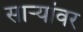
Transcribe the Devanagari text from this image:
साऱ्यांवर